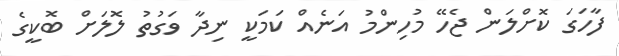
ފާހަގަ ކޮށްލަން ޖެހޭ މުހިންމު އަނެއް ކަމަކީ ނިދާ ވަގުތު ލޮލަށް ބޮކީގެ